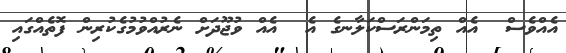
އެއްވެސް  އެއް ތިމަންރަސްކަލާނގެ އެ  އެއް ވުޖޫދަށް ނެރުއްވުމުގެކުރިން ފޮތެއްގައި